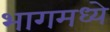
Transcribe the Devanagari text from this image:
भागमध्ये